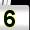
Digit: 5